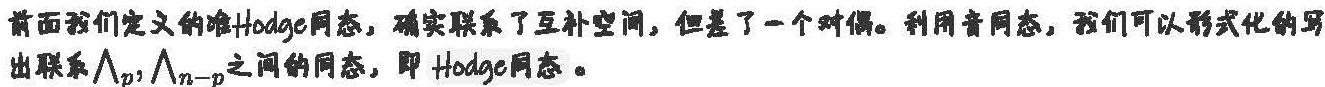
前面我们定义的准Hodge同态，确实联系了互补空间，但是差了一个对偶。利用音同态，我们可以形式化的写出联系$\bigwedge_{p},\bigwedge_{n - p}$之间的同态，即Hodge同态。